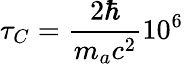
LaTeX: \tau_{C}=\frac{2\hbar}{m_{a}c^{2}}10^{6}